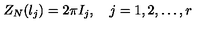
Z _ { N } ( \l _ { j } ) = 2 \pi I _ { j } , \quad j = 1 , 2 , \ldots , r